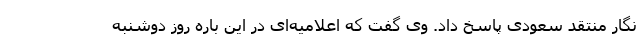
نگار منتقد سعودی پاسخ داد. وی گفت که اعلامیه‌ای در این باره روز دوشنبه